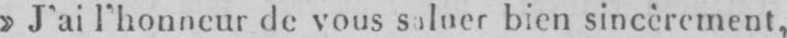
» J’ai l’honneur de vous saluer bien sincèrement,